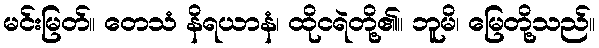
မင်းမြတ်။ တေသံ နိရယာနံ၊ ထိုငရဲတို့၏။ ဘူမိ၊ မြေတို့သည်။